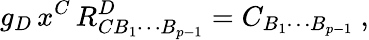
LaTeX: g_{D}\, x^{C}\, R_{CB_{1}\cdots B_{p-1}}^{D}=C_{B_{1}\cdots B_{p-1}}\ ,